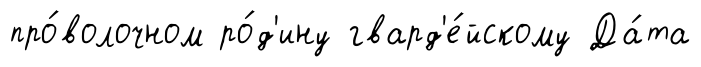
про́волочном ро́д'ину гвард'е́йскому Да́та